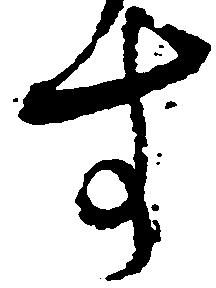
す